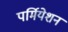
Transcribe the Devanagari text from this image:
पर्मियेशन